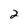
Character: 2